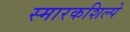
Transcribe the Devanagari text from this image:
स्मारकशिल्पे